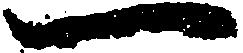
一